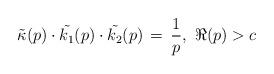
LaTeX: \begin{align*}\tilde{\kappa}(p)\cdot \tilde{k_1}(p) \cdot \tilde{k_2}(p) \, = \, \frac{1}{p},\ \Re(p) > c\end{align*}